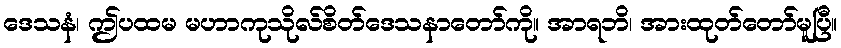
ဒေသနံ၊ ဤပထမ မဟာကုသိုလ်စိတ်ဒေသနာတော်ကို။ အာရဘိ၊ အားထုတ်တော်မူပြီ။